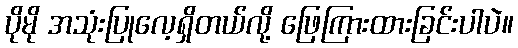
ပိုမို အသုံးပြုလေ့ရှိတယ်လို့ ဖြေကြားထားခြင်းပါပဲ။